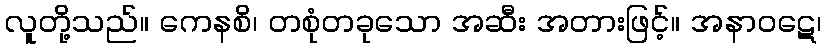
လူတို့သည်။ ကေနစိ၊ တစုံတခုသော အဆီး အတားဖြင့်။ အနာဝဋေ၊